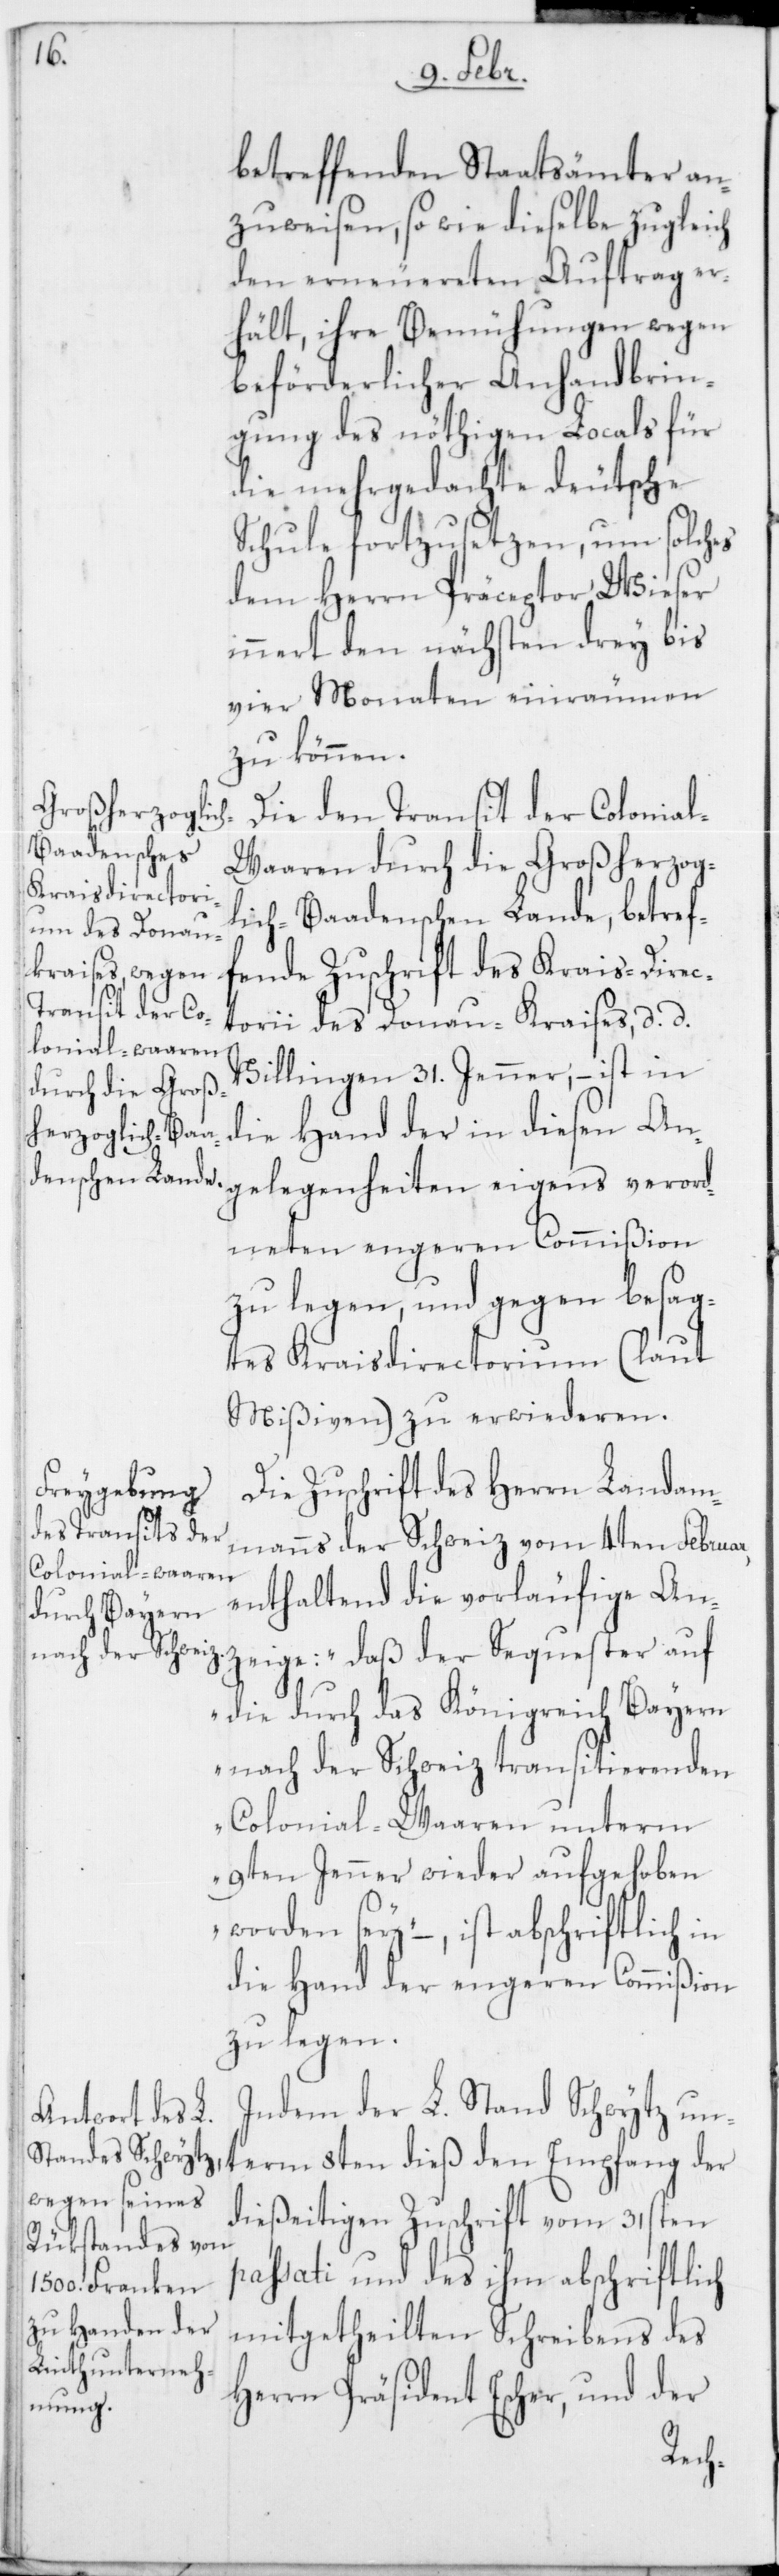
betreffenden Staatsämter an¬
zuweisen, so wie dieselbe zugleich
den erneuereten Auftrag er¬
hält, ihre Bemühungen wegen
beförderlicher Anhandbrin¬
gung des nöthigen Locals für
die mehrgedachte deutsche
Schule fortzusetzen, um solches
dem Herrn Präceptor Wieser
innert den nächsten drey bis
vier Monaten einräumen
zu können.
Die den Transit der Colonia¬
l-Waaren durch die Großherzog¬
lich-Baadenschen Lande, betref¬
fende Zuschrift des Krais-Direc¬
term 8ten dieß den
torii des Donau-Kraises, d. d.
Villingen 31. Jenner; – ist in
die Hand der in diesen An¬
gelegenheiten eigens verord¬
neten engeren Commißion
zu legen, und gegen besag¬
tes Kraisdirectorium (laut
Mißiven) zu erwiederen.
Die Zuschrift des Herrn Landam¬
manns der Schweiz vom 4ten Februar,
enthaltend die vorläufige An¬
zeige: „daß der Sequester auf
die durch das Königreich Bayern
nach der Schweiz transitierenden
Colonial-Waaren unterm
9ten Jenner wieder aufgehoben
worden sey“ – , ist abschriftlich in
die Hand der engeren Commißion
zu legen.
Indem der L. Stand Schwytz un¬
dießeitigen Zuschrift vom 31sten
passati und des ihm abschriftlich
mitgetheilten Schreibens des
Herrn Präsident Escher und der